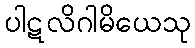
ပါဋလိဂါမိယေသု